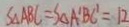
S _ { \Delta } A B C = S _ { \Delta } A ^ { \prime } B C ^ { \prime } = 1 2